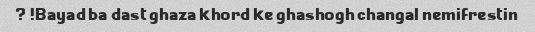
Bayad ba dast ghaza khord ke ghashogh changal nemifrestin! ?